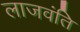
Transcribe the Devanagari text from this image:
लाजवंति